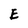
Character: E